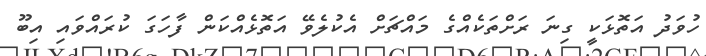
ހުވަދު އަތޮޅަކީ ގިނަ ރަށްތަކެއްގެ މައްޗަށް އެކުލެވޭ އަތޮޅެއްކަން ފާހަގަ ކުރައްވައި އިބޫ